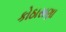
કોઠાસણા